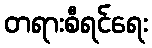
တရားစီရင်ရေး